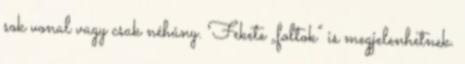
sok vonal vagy csak néhány. Fekete „foltok” is megjelenhetnek.